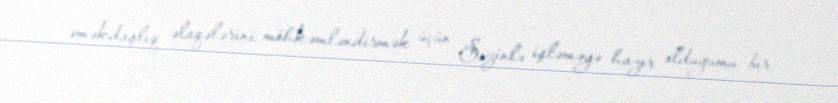
əməkdaşlıq əlaqələrini möhkəmləndirmək üçün Sizinlə işləməyə hazır olduğumu bir